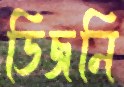
ডিজনি